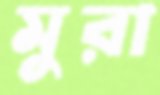
মুরা